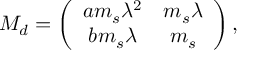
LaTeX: M _ { d } = \left( \begin{array} { c c } { { a m _ { s } \lambda ^ { 2 } } } & { { m _ { s } \lambda } } \\ { { b m _ { s } \lambda } } & { { m _ { s } } } \end{array} \right) ,